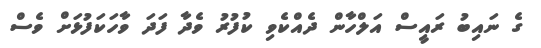
ގެ ނައިބު ރައީސް އަލްހާން ދެއްކެވި ކުފުރު ވެދާ ފަދަ ވާހަކަފުޅަށް ވެސް